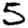
Digit: 5